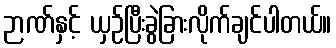
ဉာဏ်နှင့် ယှဉ်ပြီးခွဲခြားလိုက်ချင်ပါတယ်။